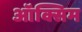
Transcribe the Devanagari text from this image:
ऑक्सिम